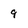
Character: 9